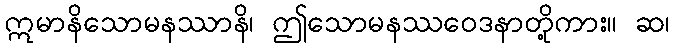
ဣမာနိသောမနဿာနိ၊ ဤသောမနဿဝေဒနာတို့ကား။ ဆ၊